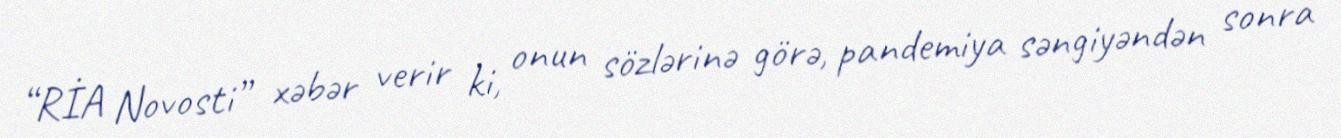
“RİA Novosti” xəbər verir ki, onun sözlərinə görə, pandemiya səngiyəndən sonra